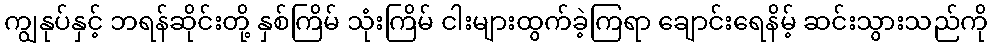
ကျွနုပ်နှင့် ဘရန်ဆိုင်းတို့ နှစ်ကြိမ် သုံးကြိမ် ငါးများထွက်ခဲ့ကြရာ ချောင်းရေနိမ့် ဆင်းသွားသည်ကို